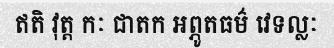
ឥតិ វុត្ត កៈ ជាតក អព្ភូតធម៌ វេទល្លៈ